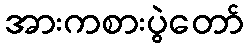
အားကစားပွဲတော်